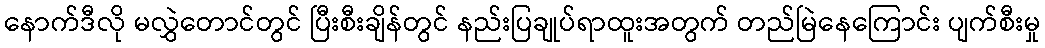
နောက်ဒီလို မလွှဲတောင်တွင် ပြီးစီးချိန်တွင် နည်းပြချုပ်ရာထူးအတွက် တည်မြဲနေကြောင်း ပျက်စီးမှု